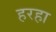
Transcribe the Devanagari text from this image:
हरहा